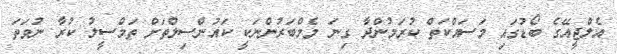
އެލްޖީއޭގެ ބޯޑުގައި މަސައްކަތް ކުރަމުންދާ ގިނަ މެމްބަރުންނަކީ ކައުންސިލްތަށް ތަމްސީލު ކުރާ ނުވަތަ